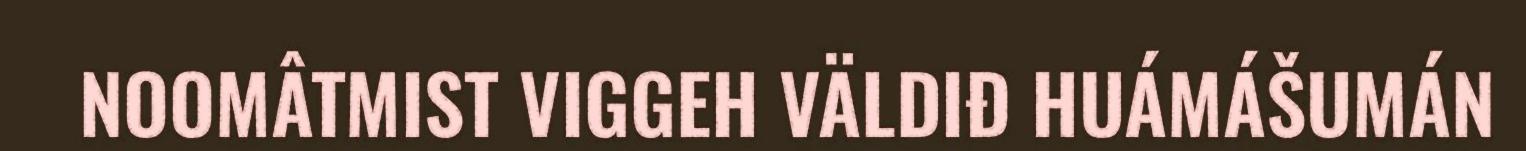
NOOMÂTMIST VIGGEH VÄLDIĐ HUÁMÁŠUMÁN